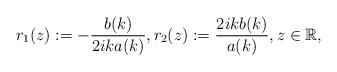
LaTeX: \begin{align*}r_1(z):=-\frac{b(k)}{2ika(k)}, r_2(z):=\frac{2ikb(k)}{a(k)}, z \in \mathbb{R}, \end{align*}